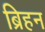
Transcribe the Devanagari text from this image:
ब्रिहन